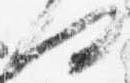
何